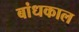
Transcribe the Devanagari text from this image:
बांधकाल